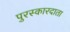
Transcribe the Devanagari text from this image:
पुरस्कारदाता